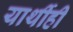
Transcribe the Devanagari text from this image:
यार्थीही